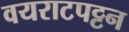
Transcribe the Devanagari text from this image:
वयराटपट्टन